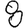
Digit: 8